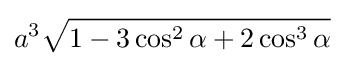
a^{3}{\sqrt {1-3\cos ^{2}\alpha +2\cos ^{3}\alpha }}